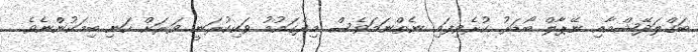
ބަގްލަދޭޝްއާއި ނޭޕާލް ބޯޑަރު ކުރެވިފައި ނެތްނަމަވެސް މިދެގައުމު ވަކިކުރަނީ ވަރަށް ހަނި ބިމަކުންނެވެ.